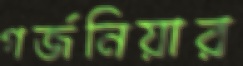
গর্জনিয়ার